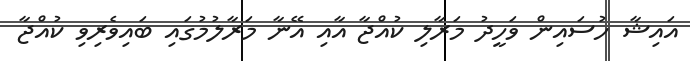
އައިޝާ ހުސައިން ވަހީދު މަރާލި ކުއްޖާ އާއި އޭނާ މަރާލުމުގައި ބައިވެރިވި ކުއްޖާ